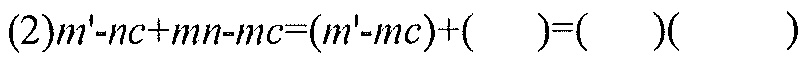
(2)\(m - nc+mn - mc=(m - mc)+(\ \ \ )=(\ \ \ )(\ \ \ )\)